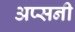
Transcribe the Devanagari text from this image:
अप्सनी